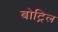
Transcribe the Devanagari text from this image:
बोट्रिल